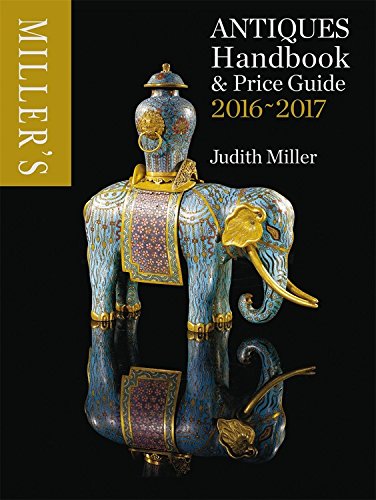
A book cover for Miller's Antiques Handbook & Price Miller's Antiques 2016-2017 (Miller's Antiques Handbook & Price Guide); Judith Miller; Crafts, Hobbies & Home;